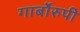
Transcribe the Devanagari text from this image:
गार्बोरुपी